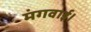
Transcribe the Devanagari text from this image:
मंगवाई।